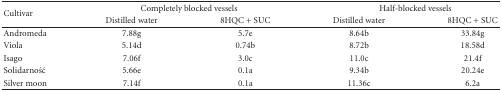
<table><thead><tr><td rowspan="2"><b>Cultivar</b></td><td colspan="2"><b>Completely blocked vessels</b></td><td colspan="2"><b>Half-blocked vessels</b></td></tr><tr><td><b>Distilled water</b></td><td><b>8HQC + SUC</b></td><td><b>Distilled water</b></td><td><b>8HQC + SUC</b></td></tr></thead><tbody><tr><td>Andromeda</td><td>7.88g</td><td>5.7e</td><td>8.64b</td><td>33.84g</td></tr><tr><td>Viola</td><td>5.14d</td><td>0.74b</td><td>8.72b</td><td>18.58d</td></tr><tr><td>Isago</td><td>7.06f</td><td>3.0c</td><td>11.0c</td><td>21.4f</td></tr><tr><td>Solidarność</td><td>5.66e</td><td>0.1a</td><td>9.34b</td><td>20.24e</td></tr><tr><td>Silver moon</td><td>7.14f</td><td>0.1a</td><td>11.36c</td><td>6.2a</td></tr></tbody></table>